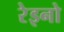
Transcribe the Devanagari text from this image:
रेइनो